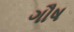
ગૌષ